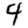
Digit: 4